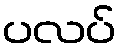
ပလပ်